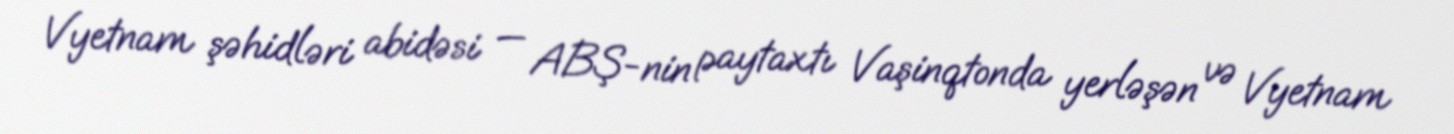
Vyetnam şəhidləri abidəsi — ABŞ-nin paytaxtı Vaşinqtonda yerləşən və Vyetnam